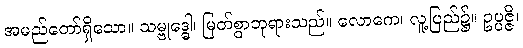
အမည်တော်ရှိသော။ သမ္ဗုဒ္ဓေါ၊ မြတ်စွာဘုရားသည်။ လောကေ၊ လူ့ပြည်၌။ ဥပ္ပဇ္ဇိ၊